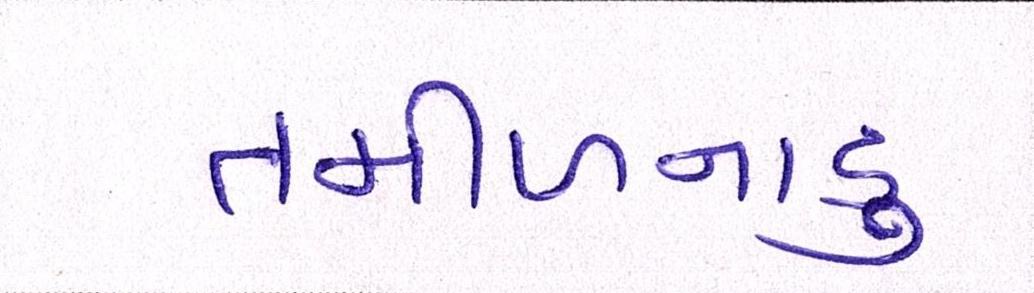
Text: તમીળનાડુ